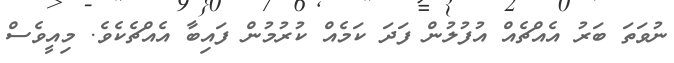
ނުވަތަ ބަރު އެއްޗެއް އުފުލުން ފަދަ ކަމެއް ކުރުމުން ފައިބާ އެއްޗެކެވެ. މިއީވެސް